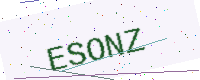
Text: ESONZ